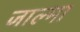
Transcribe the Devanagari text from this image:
जाल्मा